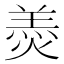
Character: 𦎟